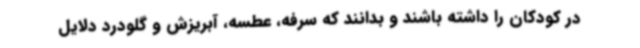
در کودکان را داشته باشند و بدانند که سرفه، عطسه، آبریزش و گلودرد دلایل